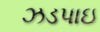
ઝડપાઇ